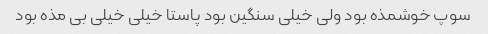
سوپ خوشمذه بود ولی خیلی سنگین بود پاستا خیلی خیلی بی مذه بود